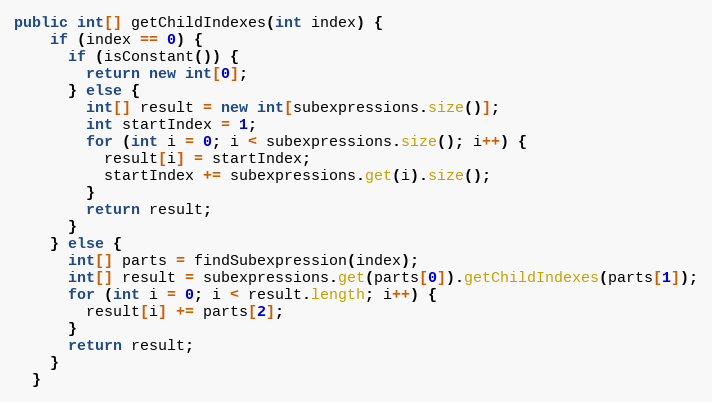
Language: Java
public int[] getChildIndexes(int index) {
    if (index == 0) {
      if (isConstant()) {
        return new int[0];
      } else {
        int[] result = new int[subexpressions.size()];
        int startIndex = 1;
        for (int i = 0; i < subexpressions.size(); i++) {
          result[i] = startIndex;
          startIndex += subexpressions.get(i).size();
        }
        return result;
      }
    } else {
      int[] parts = findSubexpression(index);
      int[] result = subexpressions.get(parts[0]).getChildIndexes(parts[1]);
      for (int i = 0; i < result.length; i++) {
        result[i] += parts[2];
      }
      return result;
    }
  }